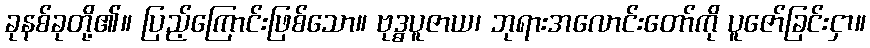
ခုနစ်ခုတို့၏။ ပြည့်ကြောင်းဖြစ်သော။ ဗုဒ္ဓပူဇာယ၊ ဘုရားအလောင်းတော်ကို ပူဇော်ခြင်းငှာ။